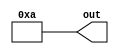
module constantValueGenerator #(parameter W=4 , VAL = 10)
(
	output	[W-1:0]	out
);
	assign out = VAL ;
endmodule